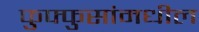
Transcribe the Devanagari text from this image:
फुफ्फुसांमधील